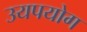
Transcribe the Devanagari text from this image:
उयपयोग